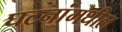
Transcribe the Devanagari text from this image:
घटनांमधील